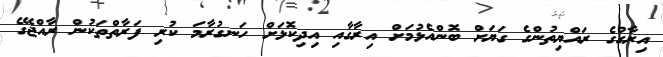
އިރާގުގެ ރައްޔިތުންގެ ގަޔަށް ބޮންއެޅުމަށް އިރާގާއި އިދިކޮޅަށް ހަނގުރާމަ ކުރި ފަރާތްތަކުން ރާއްޖޭގެ